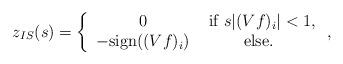
LaTeX: \begin{align*}z_{IS}(s) = \left \{ \begin{array}{cc} 0 & \textnormal{ if } s|(Vf)_i|< 1, \\ -\textnormal{sign}((Vf)_i)& \textnormal{ else. } \end{array} \right. ,\end{align*}